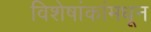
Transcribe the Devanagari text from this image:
विशेषांकांमधून